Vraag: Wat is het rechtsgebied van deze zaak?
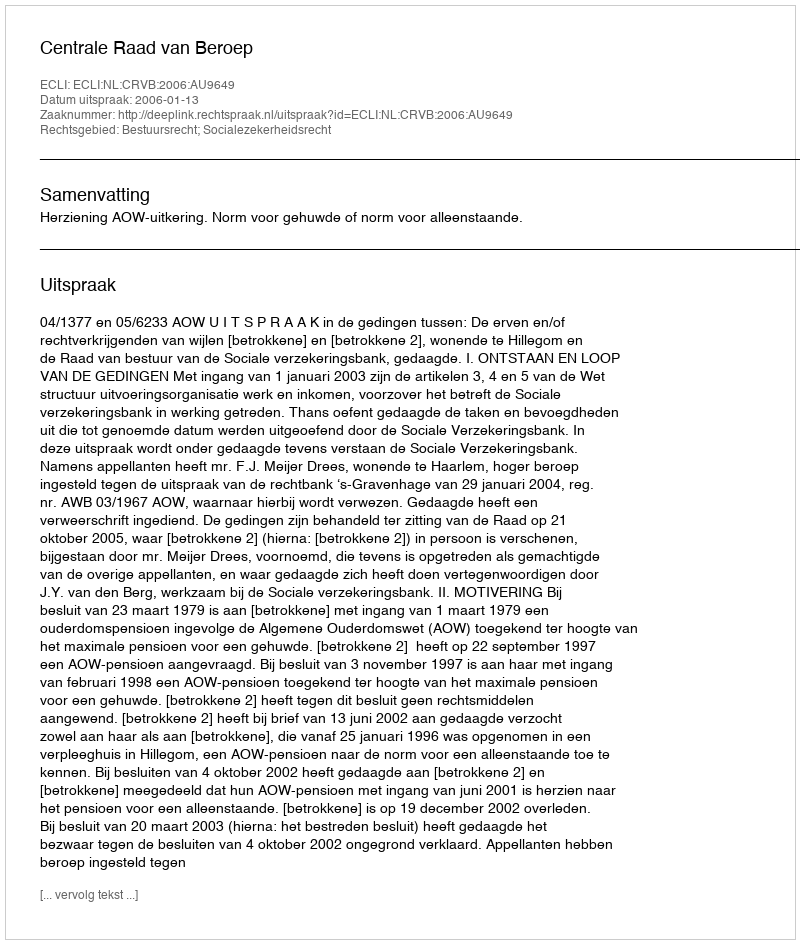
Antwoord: Bestuursrecht; Socialezekerheidsrecht